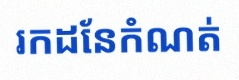
រកដែនកំណត់